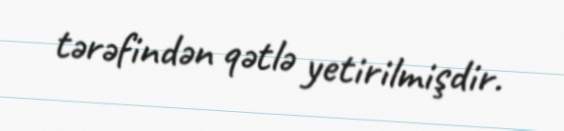
tərəfindən qətlə yetirilmişdir.